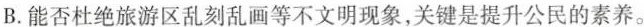
B.能否杜绝旅游区乱刻乱画等不文明现象，关键是提升公民的素养。